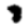
Digit: 8